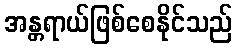
အန္တရာယ်ဖြစ်စေနိုင်သည်